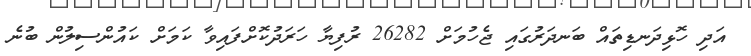
އަދި ހޮޅިދަނޑިތައް ބަނދަރުގައި ޖެހުމަށް 26282 ރުފިޔާ ހަރަދުކޮށްފައިވާ ކަމަށް ކައުންސިލުން ބުނެ